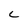
Character: C